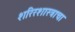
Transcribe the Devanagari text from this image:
शरिरशास्त्राचा